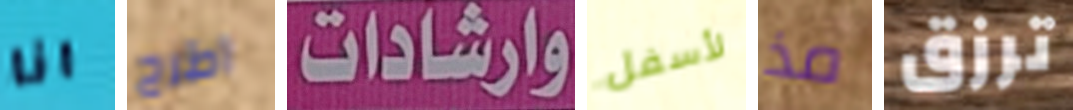
انا اطرح وارشادات لأسفل مذ ترزق